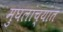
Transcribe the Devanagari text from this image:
मुघलांच्यात